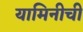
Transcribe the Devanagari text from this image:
यामिनीची